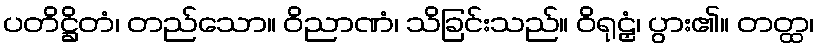
ပတိဋ္ဌိတံ၊ တည်သော။ ဝိညာဏံ၊ သိခြင်းသည်။ ဝိရုဠှံ၊ ပွား၏။ တတ္ထ၊